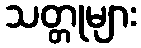
သတ္တုများ